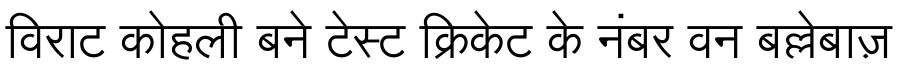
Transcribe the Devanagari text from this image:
विराट कोहली बने टेस्ट क्रिकेट के नंबर वन बल्लेबाज़